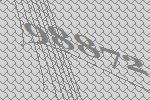
98872